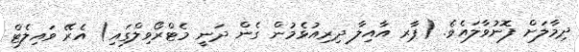
ދިމާލަށް ފޮނުވާލައެވެ. (ޕާރ އާއިލާ ދިރިއުޅެމުން ގެން ދަނީ މެޓްރޯވިލްގައި) އެރޭ ވައިލެޓް